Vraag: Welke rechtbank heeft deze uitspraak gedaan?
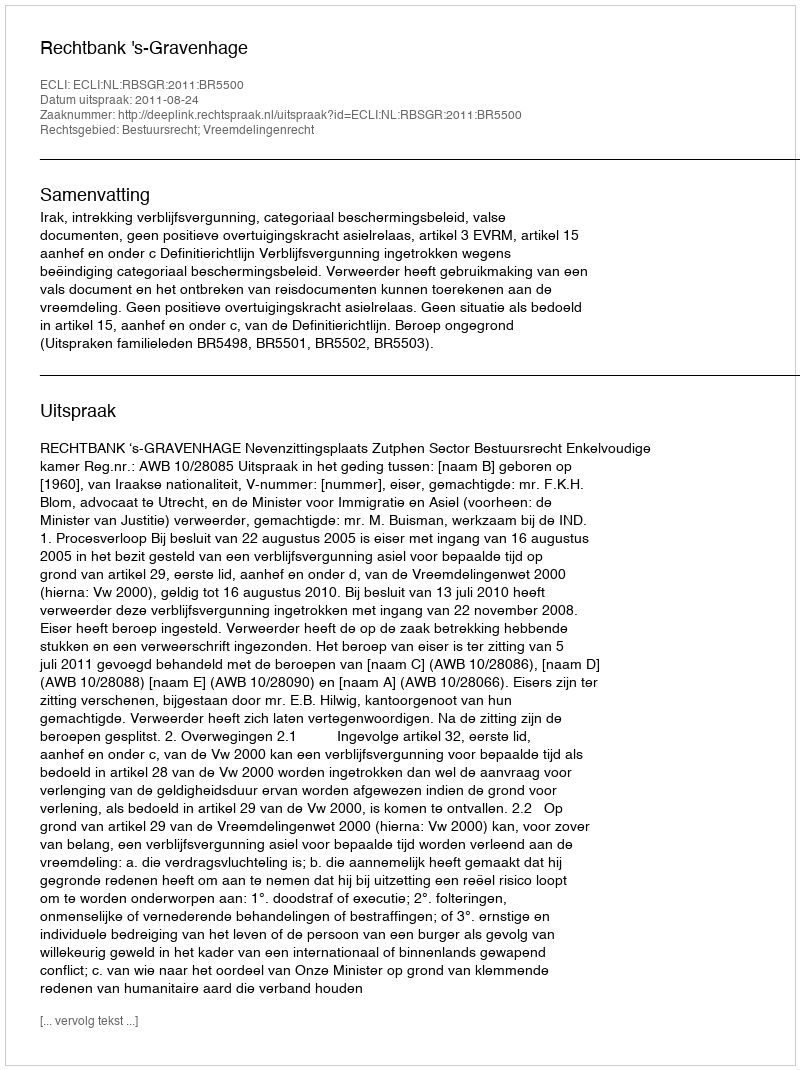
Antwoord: Rechtbank 's-Gravenhage